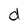
Character: d